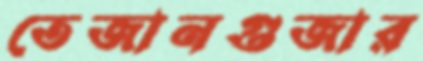
তেজানগুজার